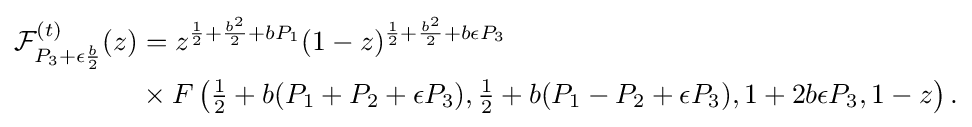
{\begin{aligned}{\mathcal {F}}_{P_{3}+\epsilon {\frac {b}{2}}}^{(t)}(z)&=z^{{\frac {1}{2}}+{\frac {b^{2}}{2}}+bP_{1}}(1-z)^{{\frac {1}{2}}+{\frac {b^{2}}{2}}+b\epsilon P_{3}}\\&\times F\left({\tfrac {1}{2}}+b(P_{1}+P_{2}+\epsilon P_{3}),{\tfrac {1}{2}}+b(P_{1}-P_{2}+\epsilon P_{3}),1+2b\epsilon P_{3},1-z\right).\end{aligned}}